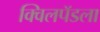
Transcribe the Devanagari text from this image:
क्विलपॅडला